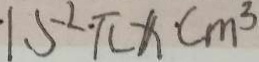
1 . 5 ^ { 2 } \cdot \pi x c m ^ { 3 }